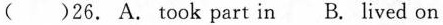
( )26. A. Took part in B. Lived on